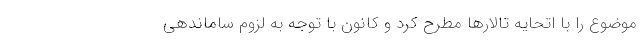
موضوع را با اتحایه تالارها مطرح کرد و کانون با توجه به لزوم ساماندهی